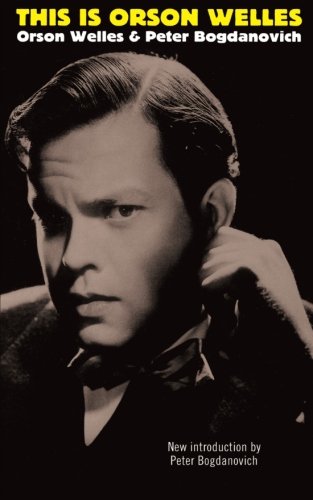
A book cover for This Is Orson Welles; Orson Welles; Humor & Entertainment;